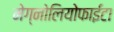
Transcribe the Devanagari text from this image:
मेग्नोलियोफाईटा